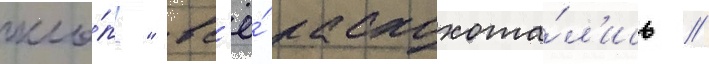
кло́п?" вс'ё́ расхохота́л'ись //